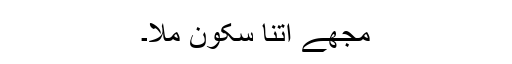
مجھے اتنا سکون ملا۔